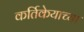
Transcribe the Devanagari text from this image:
कर्तिकेयाच्या